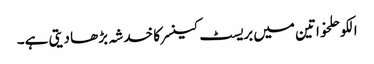
الکوحلخواتین میں بریسٹ کینسر کا خدشہ بڑھا دیتی ہے۔